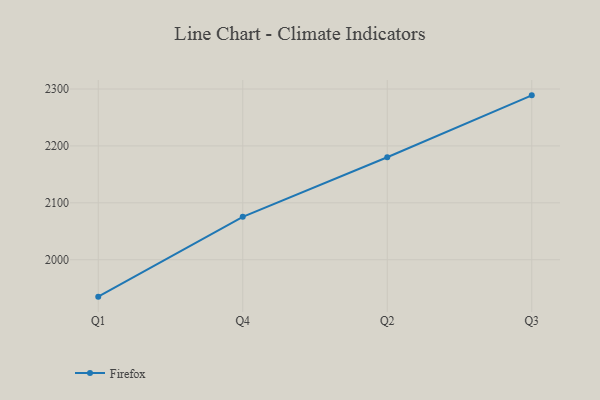
{"axis": {"x": "Quarter", "y": "Satisfaction Score"}, "legend": ["Firefox"], "data": [{"x": "Q1", "y": 1935.1, "type": "Firefox"}, {"x": "Q4", "y": 2075.4, "type": "Firefox"}, {"x": "Q2", "y": 2180.1, "type": "Firefox"}, {"x": "Q3", "y": 2288.9, "type": "Firefox"}]}